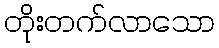
တိုးတက်လာသော